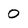
Character: O